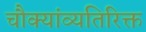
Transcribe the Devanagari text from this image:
चौक्यांव्यतिरिक्त